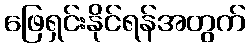
ဖြေရှင်းနိုင်ရန်အတွက်